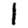
Digit: 1